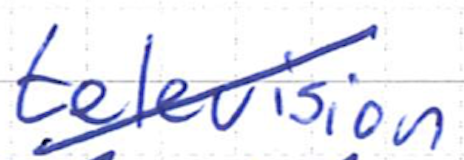
Text: television
Cross-out: diagonal
Writing tool: ballpoint